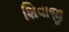
શિવાજી